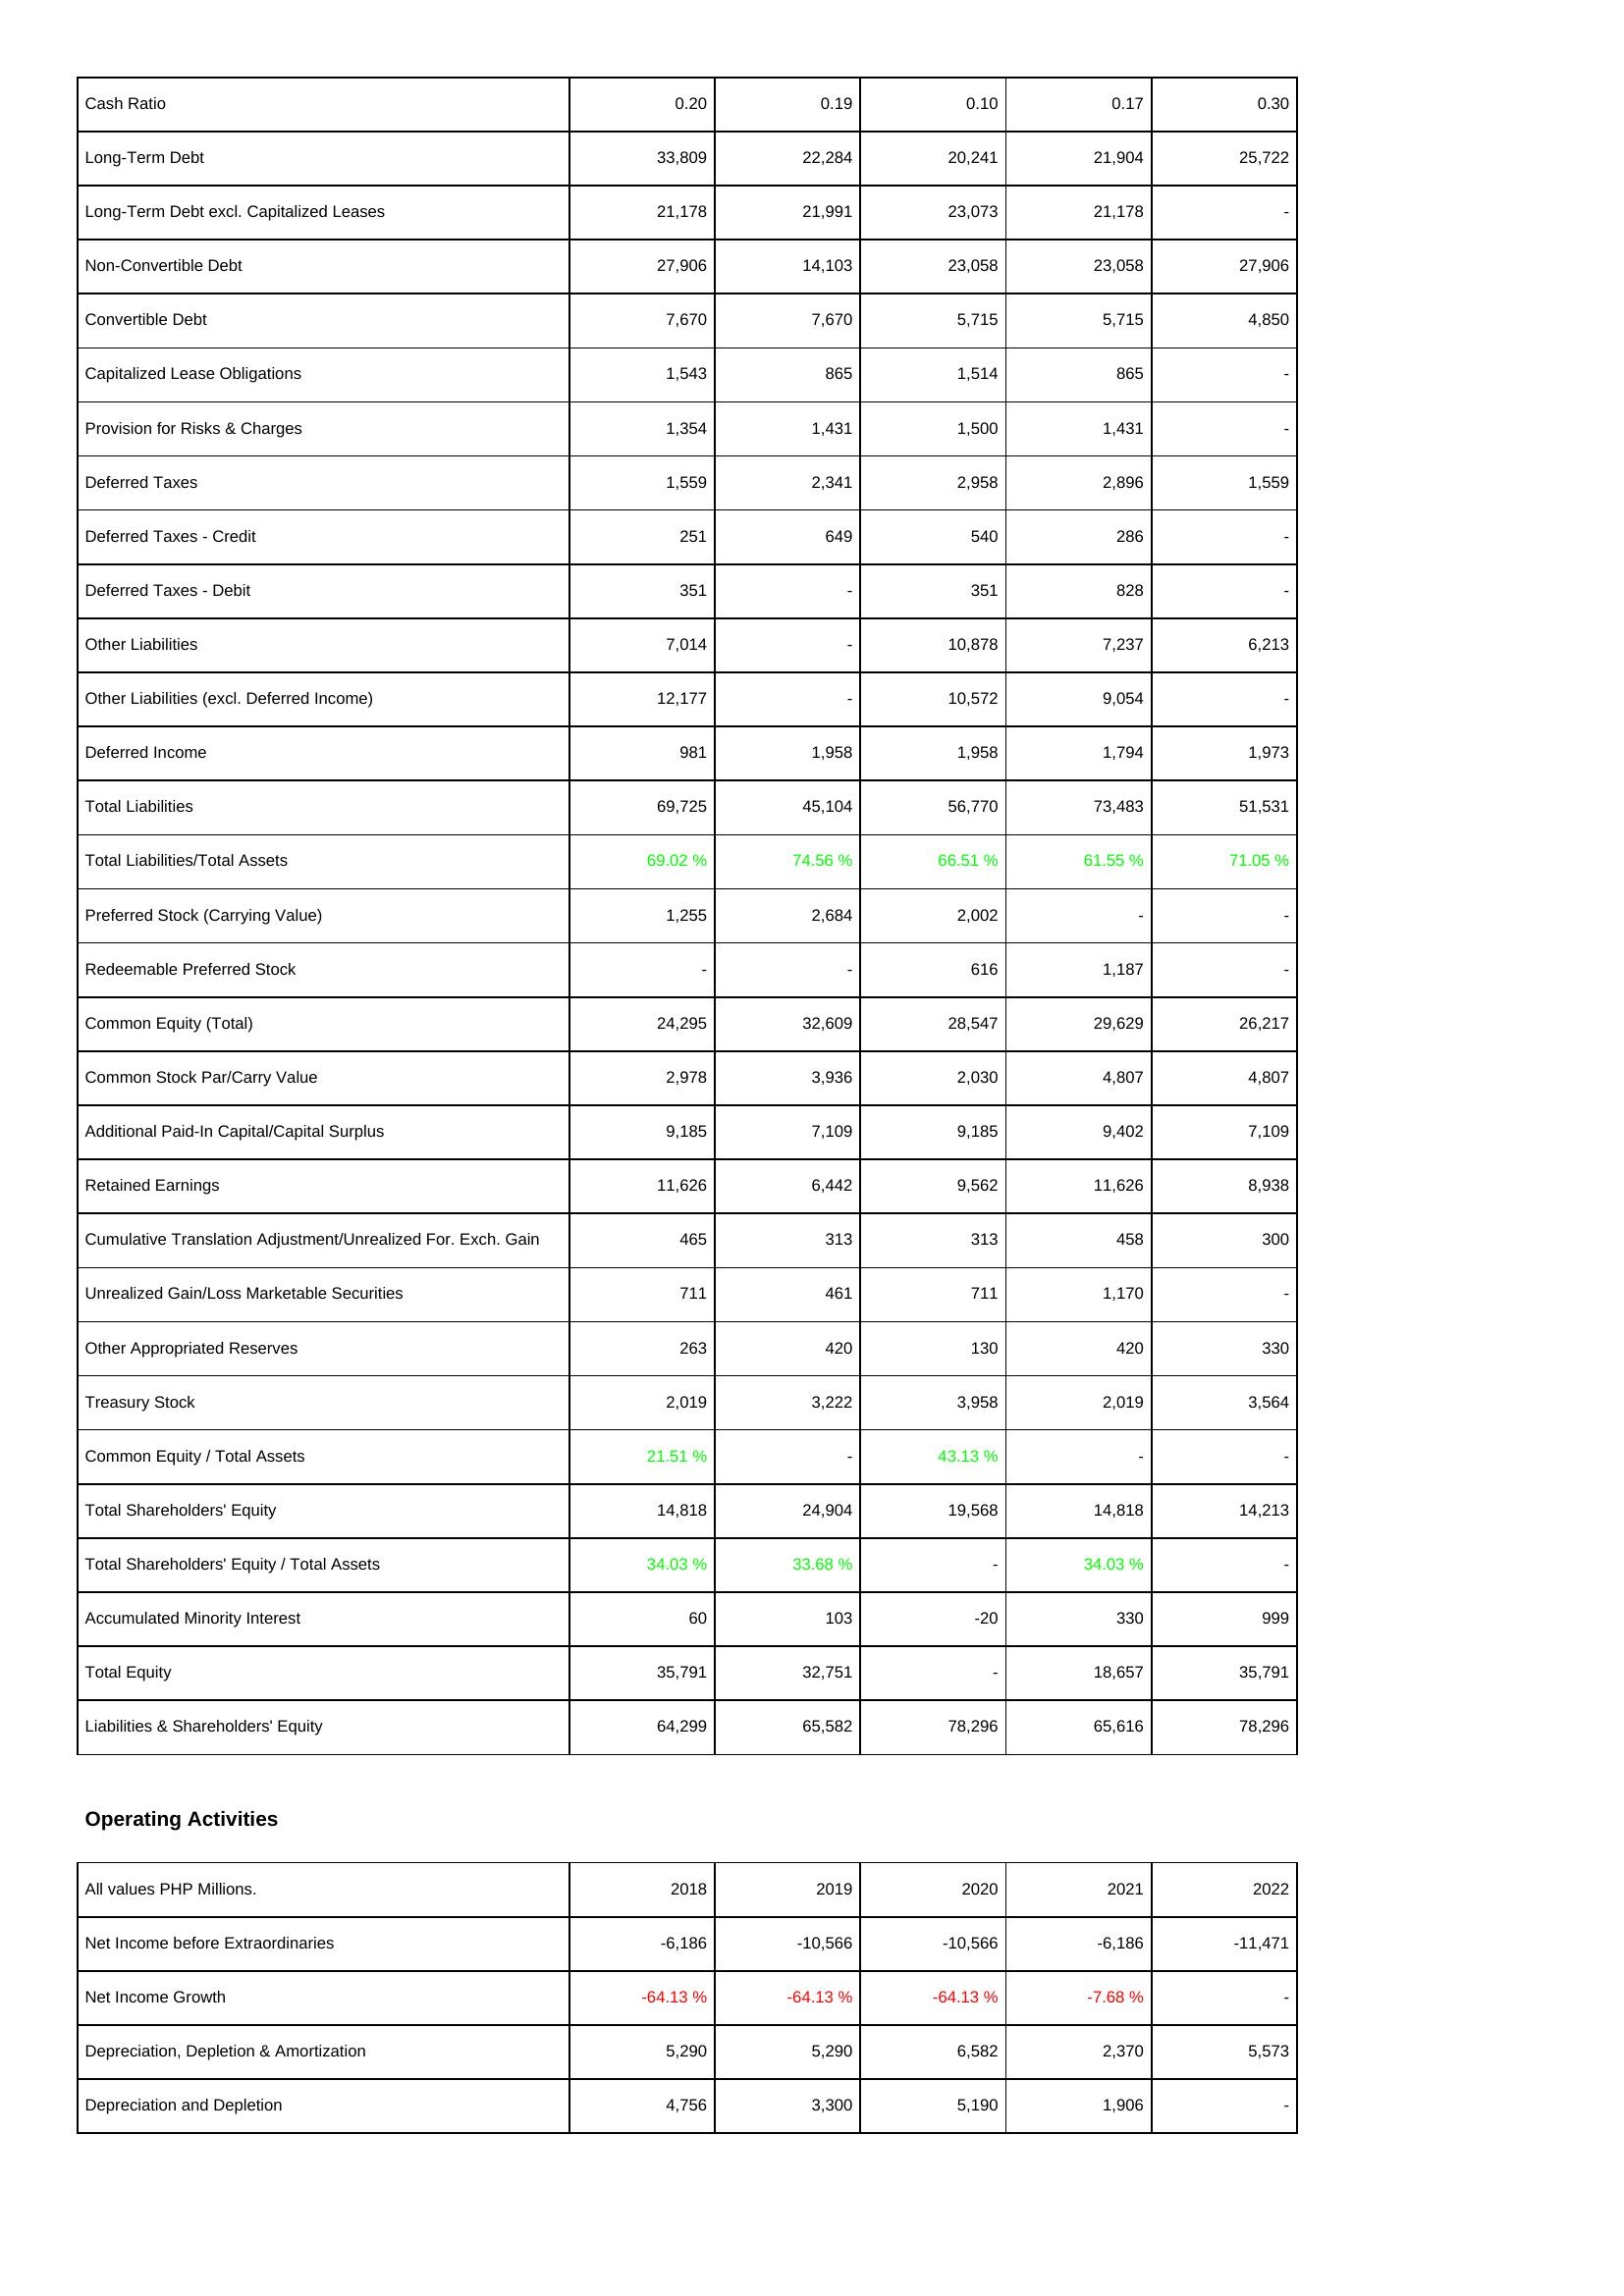
2018: Liabilities & Shareholders' Equity: Cash Ratio: 0.20
Long-Term Debt: 33,809
Long-Term Debt excl. Capitalized Leases: 21,178
Non-Convertible Debt: 27,906
Convertible Debt: 7,670
Capitalized Lease Obligations: 1,543
Provision for Risks & Charges: 1,354
Deferred Taxes: 1,559
Deferred Taxes - Credit: 251
Deferred Taxes - Debit: 351
Other Liabilities: 7,014
Other Liabilities (excl. Deferred Income): 12,177
Deferred Income: 981
Total Liabilities: 69,725
Total Liabilities/Total Assets: 69.02 %
Preferred Stock (Carrying Value): 1,255
Redeemable Preferred Stock: -
Common Equity (Total): 24,295
Common Stock Par/Carry Value: 2,978
Additional Paid-In Capital/Capital Surplus: 9,185
Retained Earnings: 11,626
Cumulative Translation Adjustment/Unrealized For. Exch. Gain: 465
Unrealized Gain/Loss Marketable Securities: 711
Other Appropriated Reserves: 263
Treasury Stock: 2,019
Common Equity / Total Assets: 21.51 %
Total Shareholders' Equity: 14,818
Total Shareholders' Equity / Total Assets: 34.03 %
Accumulated Minority Interest: 60
Total Equity: 35,791
Liabilities & Shareholders' Equity: 64,299
Operating Activities: Net Income before Extraordinaries: -6,186
Net Income Growth: -64.13 %
Depreciation, Depletion & Amortization: 5,290
Depreciation and Depletion: 4,756
2019: Liabilities & Shareholders' Equity: Cash Ratio: 0.19
Long-Term Debt: 22,284
Long-Term Debt excl. Capitalized Leases: 21,991
Non-Convertible Debt: 14,103
Convertible Debt: 7,670
Capitalized Lease Obligations: 865
Provision for Risks & Charges: 1,431
Deferred Taxes: 2,341
Deferred Taxes - Credit: 649
Deferred Taxes - Debit: -
Other Liabilities: -
Other Liabilities (excl. Deferred Income): -
Deferred Income: 1,958
Total Liabilities: 45,104
Total Liabilities/Total Assets: 74.56 %
Preferred Stock (Carrying Value): 2,684
Redeemable Preferred Stock: -
Common Equity (Total): 32,609
Common Stock Par/Carry Value: 3,936
Additional Paid-In Capital/Capital Surplus: 7,109
Retained Earnings: 6,442
Cumulative Translation Adjustment/Unrealized For. Exch. Gain: 313
Unrealized Gain/Loss Marketable Securities: 461
Other Appropriated Reserves: 420
Treasury Stock: 3,222
Common Equity / Total Assets: -
Total Shareholders' Equity: 24,904
Total Shareholders' Equity / Total Assets: 33.68 %
Accumulated Minority Interest: 103
Total Equity: 32,751
Liabilities & Shareholders' Equity: 65,582
Operating Activities: Net Income before Extraordinaries: -10,566
Net Income Growth: -64.13 %
Depreciation, Depletion & Amortization: 5,290
Depreciation and Depletion: 3,300
2020: Liabilities & Shareholders' Equity: Cash Ratio: 0.10
Long-Term Debt: 20,241
Long-Term Debt excl. Capitalized Leases: 23,073
Non-Convertible Debt: 23,058
Convertible Debt: 5,715
Capitalized Lease Obligations: 1,514
Provision for Risks & Charges: 1,500
Deferred Taxes: 2,958
Deferred Taxes - Credit: 540
Deferred Taxes - Debit: 351
Other Liabilities: 10,878
Other Liabilities (excl. Deferred Income): 10,572
Deferred Income: 1,958
Total Liabilities: 56,770
Total Liabilities/Total Assets: 66.51 %
Preferred Stock (Carrying Value): 2,002
Redeemable Preferred Stock: 616
Common Equity (Total): 28,547
Common Stock Par/Carry Value: 2,030
Additional Paid-In Capital/Capital Surplus: 9,185
Retained Earnings: 9,562
Cumulative Translation Adjustment/Unrealized For. Exch. Gain: 313
Unrealized Gain/Loss Marketable Securities: 711
Other Appropriated Reserves: 130
Treasury Stock: 3,958
Common Equity / Total Assets: 43.13 %
Total Shareholders' Equity: 19,568
Total Shareholders' Equity / Total Assets: -
Accumulated Minority Interest: -20
Total Equity: -
Liabilities & Shareholders' Equity: 78,296
Operating Activities: Net Income before Extraordinaries: -10,566
Net Income Growth: -64.13 %
Depreciation, Depletion & Amortization: 6,582
Depreciation and Depletion: 5,190
2021: Liabilities & Shareholders' Equity: Cash Ratio: 0.17
Long-Term Debt: 21,904
Long-Term Debt excl. Capitalized Leases: 21,178
Non-Convertible Debt: 23,058
Convertible Debt: 5,715
Capitalized Lease Obligations: 865
Provision for Risks & Charges: 1,431
Deferred Taxes: 2,896
Deferred Taxes - Credit: 286
Deferred Taxes - Debit: 828
Other Liabilities: 7,237
Other Liabilities (excl. Deferred Income): 9,054
Deferred Income: 1,794
Total Liabilities: 73,483
Total Liabilities/Total Assets: 61.55 %
Preferred Stock (Carrying Value): -
Redeemable Preferred Stock: 1,187
Common Equity (Total): 29,629
Common Stock Par/Carry Value: 4,807
Additional Paid-In Capital/Capital Surplus: 9,402
Retained Earnings: 11,626
Cumulative Translation Adjustment/Unrealized For. Exch. Gain: 458
Unrealized Gain/Loss Marketable Securities: 1,170
Other Appropriated Reserves: 420
Treasury Stock: 2,019
Common Equity / Total Assets: -
Total Shareholders' Equity: 14,818
Total Shareholders' Equity / Total Assets: 34.03 %
Accumulated Minority Interest: 330
Total Equity: 18,657
Liabilities & Shareholders' Equity: 65,616
Operating Activities: Net Income before Extraordinaries: -6,186
Net Income Growth: -7.68 %
Depreciation, Depletion & Amortization: 2,370
Depreciation and Depletion: 1,906
2022: Liabilities & Shareholders' Equity: Cash Ratio: 0.30
Long-Term Debt: 25,722
Long-Term Debt excl. Capitalized Leases: -
Non-Convertible Debt: 27,906
Convertible Debt: 4,850
Capitalized Lease Obligations: -
Provision for Risks & Charges: -
Deferred Taxes: 1,559
Deferred Taxes - Credit: -
Deferred Taxes - Debit: -
Other Liabilities: 6,213
Other Liabilities (excl. Deferred Income): -
Deferred Income: 1,973
Total Liabilities: 51,531
Total Liabilities/Total Assets: 71.05 %
Preferred Stock (Carrying Value): -
Redeemable Preferred Stock: -
Common Equity (Total): 26,217
Common Stock Par/Carry Value: 4,807
Additional Paid-In Capital/Capital Surplus: 7,109
Retained Earnings: 8,938
Cumulative Translation Adjustment/Unrealized For. Exch. Gain: 300
Unrealized Gain/Loss Marketable Securities: -
Other Appropriated Reserves: 330
Treasury Stock: 3,564
Common Equity / Total Assets: -
Total Shareholders' Equity: 14,213
Total Shareholders' Equity / Total Assets: -
Accumulated Minority Interest: 999
Total Equity: 35,791
Liabilities & Shareholders' Equity: 78,296
Operating Activities: Net Income before Extraordinaries: -11,471
Net Income Growth: -
Depreciation, Depletion & Amortization: 5,573
Depreciation and Depletion: -